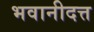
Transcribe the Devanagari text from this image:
भवानीदत्त